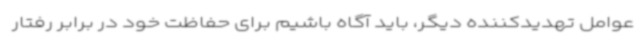
عوامل تهدیدکننده دیگر، باید آگاه باشیم برای حفاظت خود در برابر رفتار